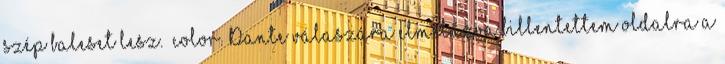
szép baleset lesz. color Dante válaszára elmélázva billentettem oldalra a